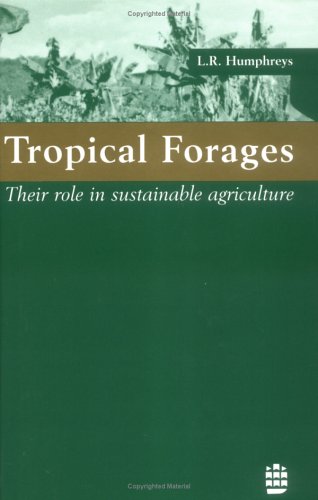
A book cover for Tropical Forages: Their Role in Sustainable Agriculture (Tropical Agriculture); LR Humphreys; Science & Math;